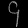
Digit: ၄